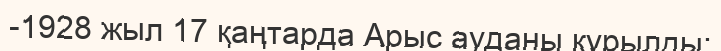
-1928 жыл 17 қаңтарда Арыс ауданы құрылды;